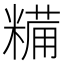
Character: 糒